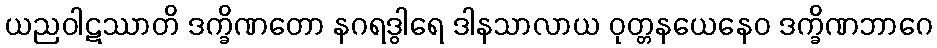
ယညဝါဋဿာတိ ဒက္ခိဏတော နဂရဒွါရေ ဒါနသာလာယ ဝုတ္တနယေနေဝ ဒက္ခိဏဘာဂေ